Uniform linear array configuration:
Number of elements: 24
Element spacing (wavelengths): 1
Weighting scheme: cosine
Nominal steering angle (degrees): -45
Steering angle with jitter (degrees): -46.14
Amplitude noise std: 0.05
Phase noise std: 0.05

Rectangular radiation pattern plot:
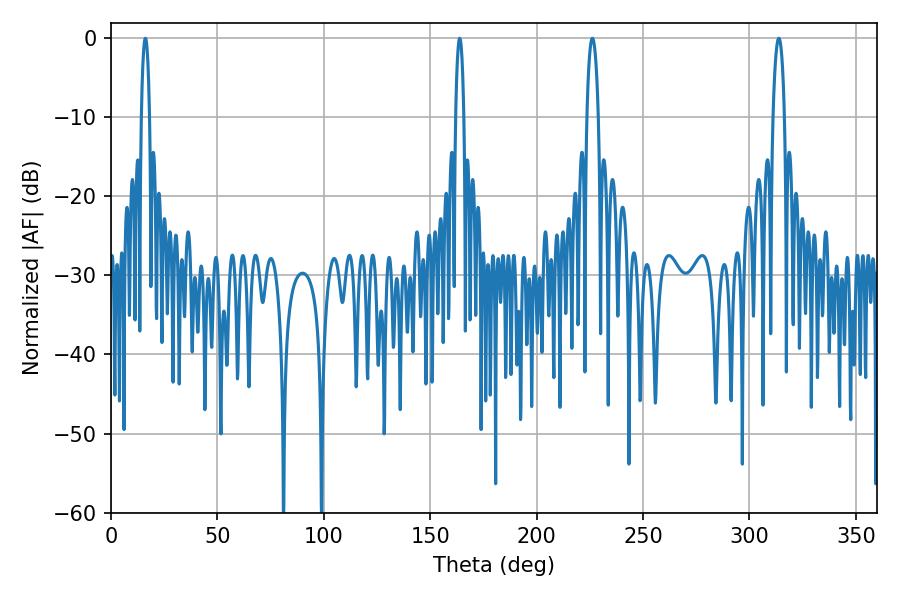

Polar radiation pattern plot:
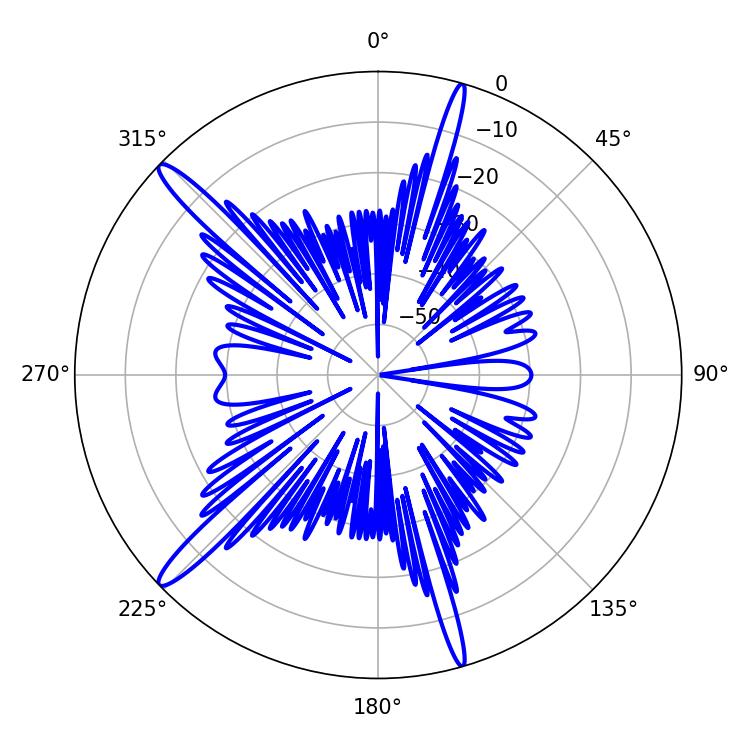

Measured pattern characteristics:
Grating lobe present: TRUE
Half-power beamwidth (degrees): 3.06
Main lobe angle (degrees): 313.74